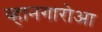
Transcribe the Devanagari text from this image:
व्हानगारोआ